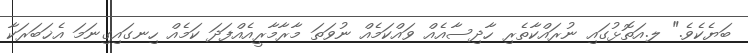
ބަޔެކެވެ." ލ.އަތޮޅުގައި ނުރައްކާތެރި ހާދިސާއެއް ވައްކަމެއް ނުވަތަ މާރާމާރީއެއްފަދަ ކަމެއް ހިނގައިގިނަމަ އެޚަބަރަކާ